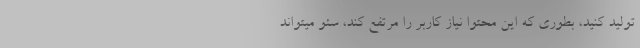
تولید کنید، بطوری که این محتوا نیاز کاربر را مرتفع کند، سئو میتواند